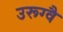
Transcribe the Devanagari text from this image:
उरूग्वै